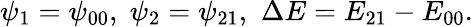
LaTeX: \psi_{1}=\psi_{00},\; \psi_{2}=\psi_{21},\, \, \Delta E=E_{21}-E_{00}.